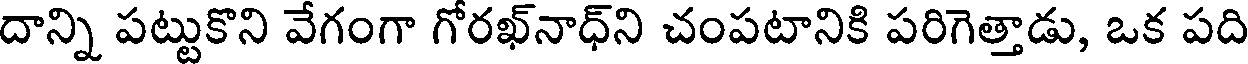
దాన్ని పట్టుకొని వేగంగా గోరఖ్నాధ్ని చంపటానికి పరిగెత్తాడు, ఒక పది